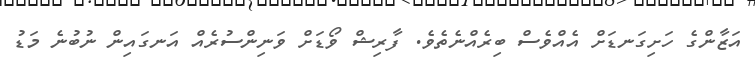
އަޒާންގެ ހަށިގަނޑަށް އެއްވެސް ބިރެއްނެތެވެ. ފާރިޝް ވޯޑަށް ވަނިންސުރެއް އަނގައިން ނުބުނެ މަޑު